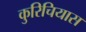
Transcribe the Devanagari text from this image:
कुरिचियास